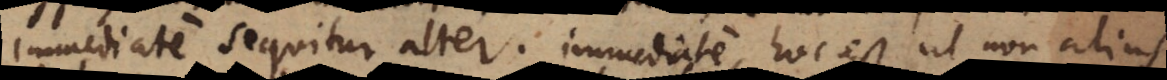
immediate sequitur alter; immediate, hoc est ut non alius